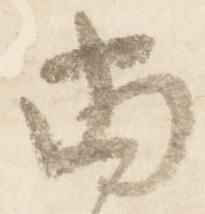
両